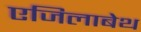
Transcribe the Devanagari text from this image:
एजिलाबेथ